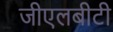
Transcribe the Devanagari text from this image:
जीएलबीटी